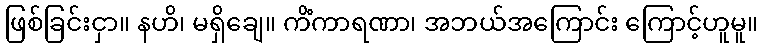
ဖြစ်ခြင်းငှာ။ နဟိ၊ မရှိချေ။ ကိံကာရဏာ၊ အဘယ်အကြောင်း ကြောင့်ဟူမူ။